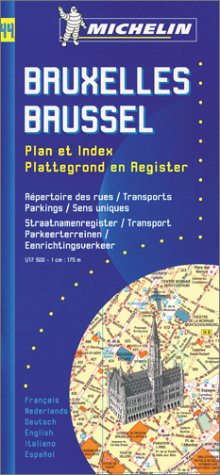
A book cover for Michelin Brussels Street Map No. 44 (Michelin Maps & Atlases); Michelin Travel Publications; Travel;